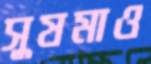
সুষমাও